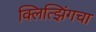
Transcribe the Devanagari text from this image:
क्लित्झिंगचा